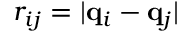
r _ { i j } = | { \mathbf q } _ { i } - { \mathbf q } _ { j } |